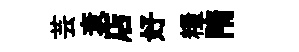
芸衰店好糧隋